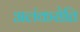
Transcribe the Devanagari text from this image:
अलंकरोति